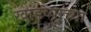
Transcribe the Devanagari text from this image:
खांडव्याच्या